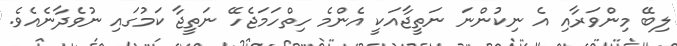
ލިބޭ މިންވަރާއި އެ ނިކުންނަ ނަތީޖާއަކީ އެންމެ ހިތްހަމަޖެހޭ ނަތީޖާ ކަމުގައި ނުވެދާނެއެވެ.